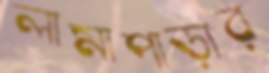
লামাপাড়ার